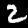
Label: 2